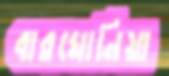
বারঘোনিয়া